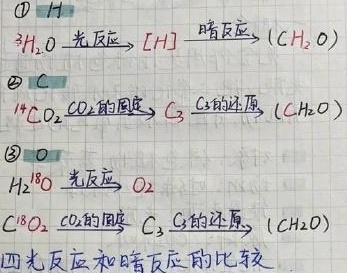
\(H\)：\(3H_{2}O\xrightarrow{光反应}[H]\xrightarrow{暗反应}(CH_{2}O)\)

\(C\)：\(^{14}CO_{2}\xrightarrow{CO_{2}的固定}C_{3}\xrightarrow{C_{3}的还原}(CH_{2}O)\)

\(O\)：\(H_{2}^{18}O\xrightarrow{光反应}O_{2}\)，\(C^{18}O_{2}\xrightarrow{CO_{2}的固定}C_{3}\xrightarrow{C_{3}的还原}(CH_{2}O)\)

四、光反应和暗反应的比较